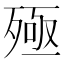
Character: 殛